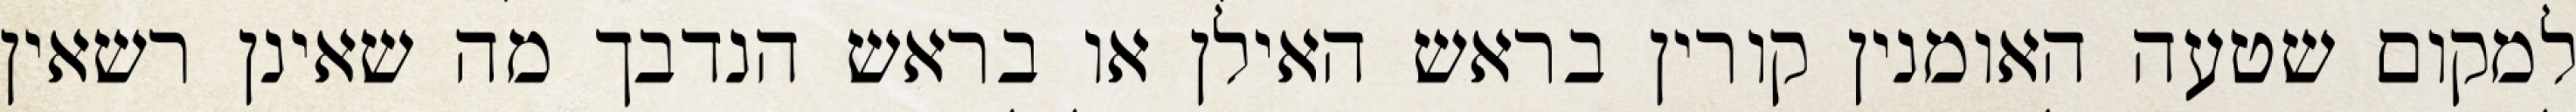
למקום שטעה האומנין קורין בראש האילן או בראש הנדבך מה שאינן רשאין